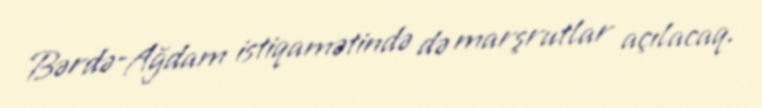
Bərdə-Ağdam istiqamətində də marşrutlar açılacaq.